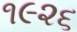
૧૯૨૬